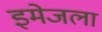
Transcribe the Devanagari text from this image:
इमेजला